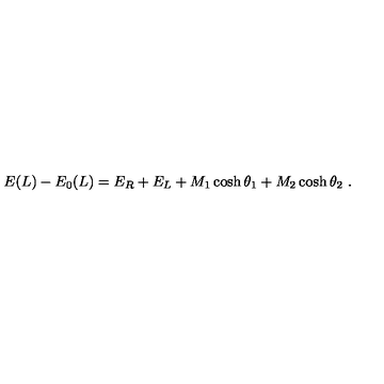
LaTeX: E ( L ) - E _ { 0 } ( L ) = E _ { R } + E _ { L } + M _ { 1 } \cosh \theta _ { 1 } + M _ { 2 } \cosh \theta _ { 2 } \ .